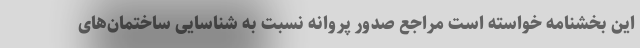
این بخشنامه خواسته است مراجع صدور پروانه نسبت به شناسایی ساختمان‌های